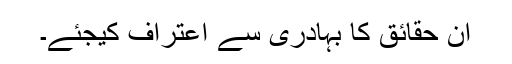
ان حقائق کا بہادری سے اعتراف کیجئے۔